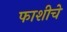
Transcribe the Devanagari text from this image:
फाशीचे